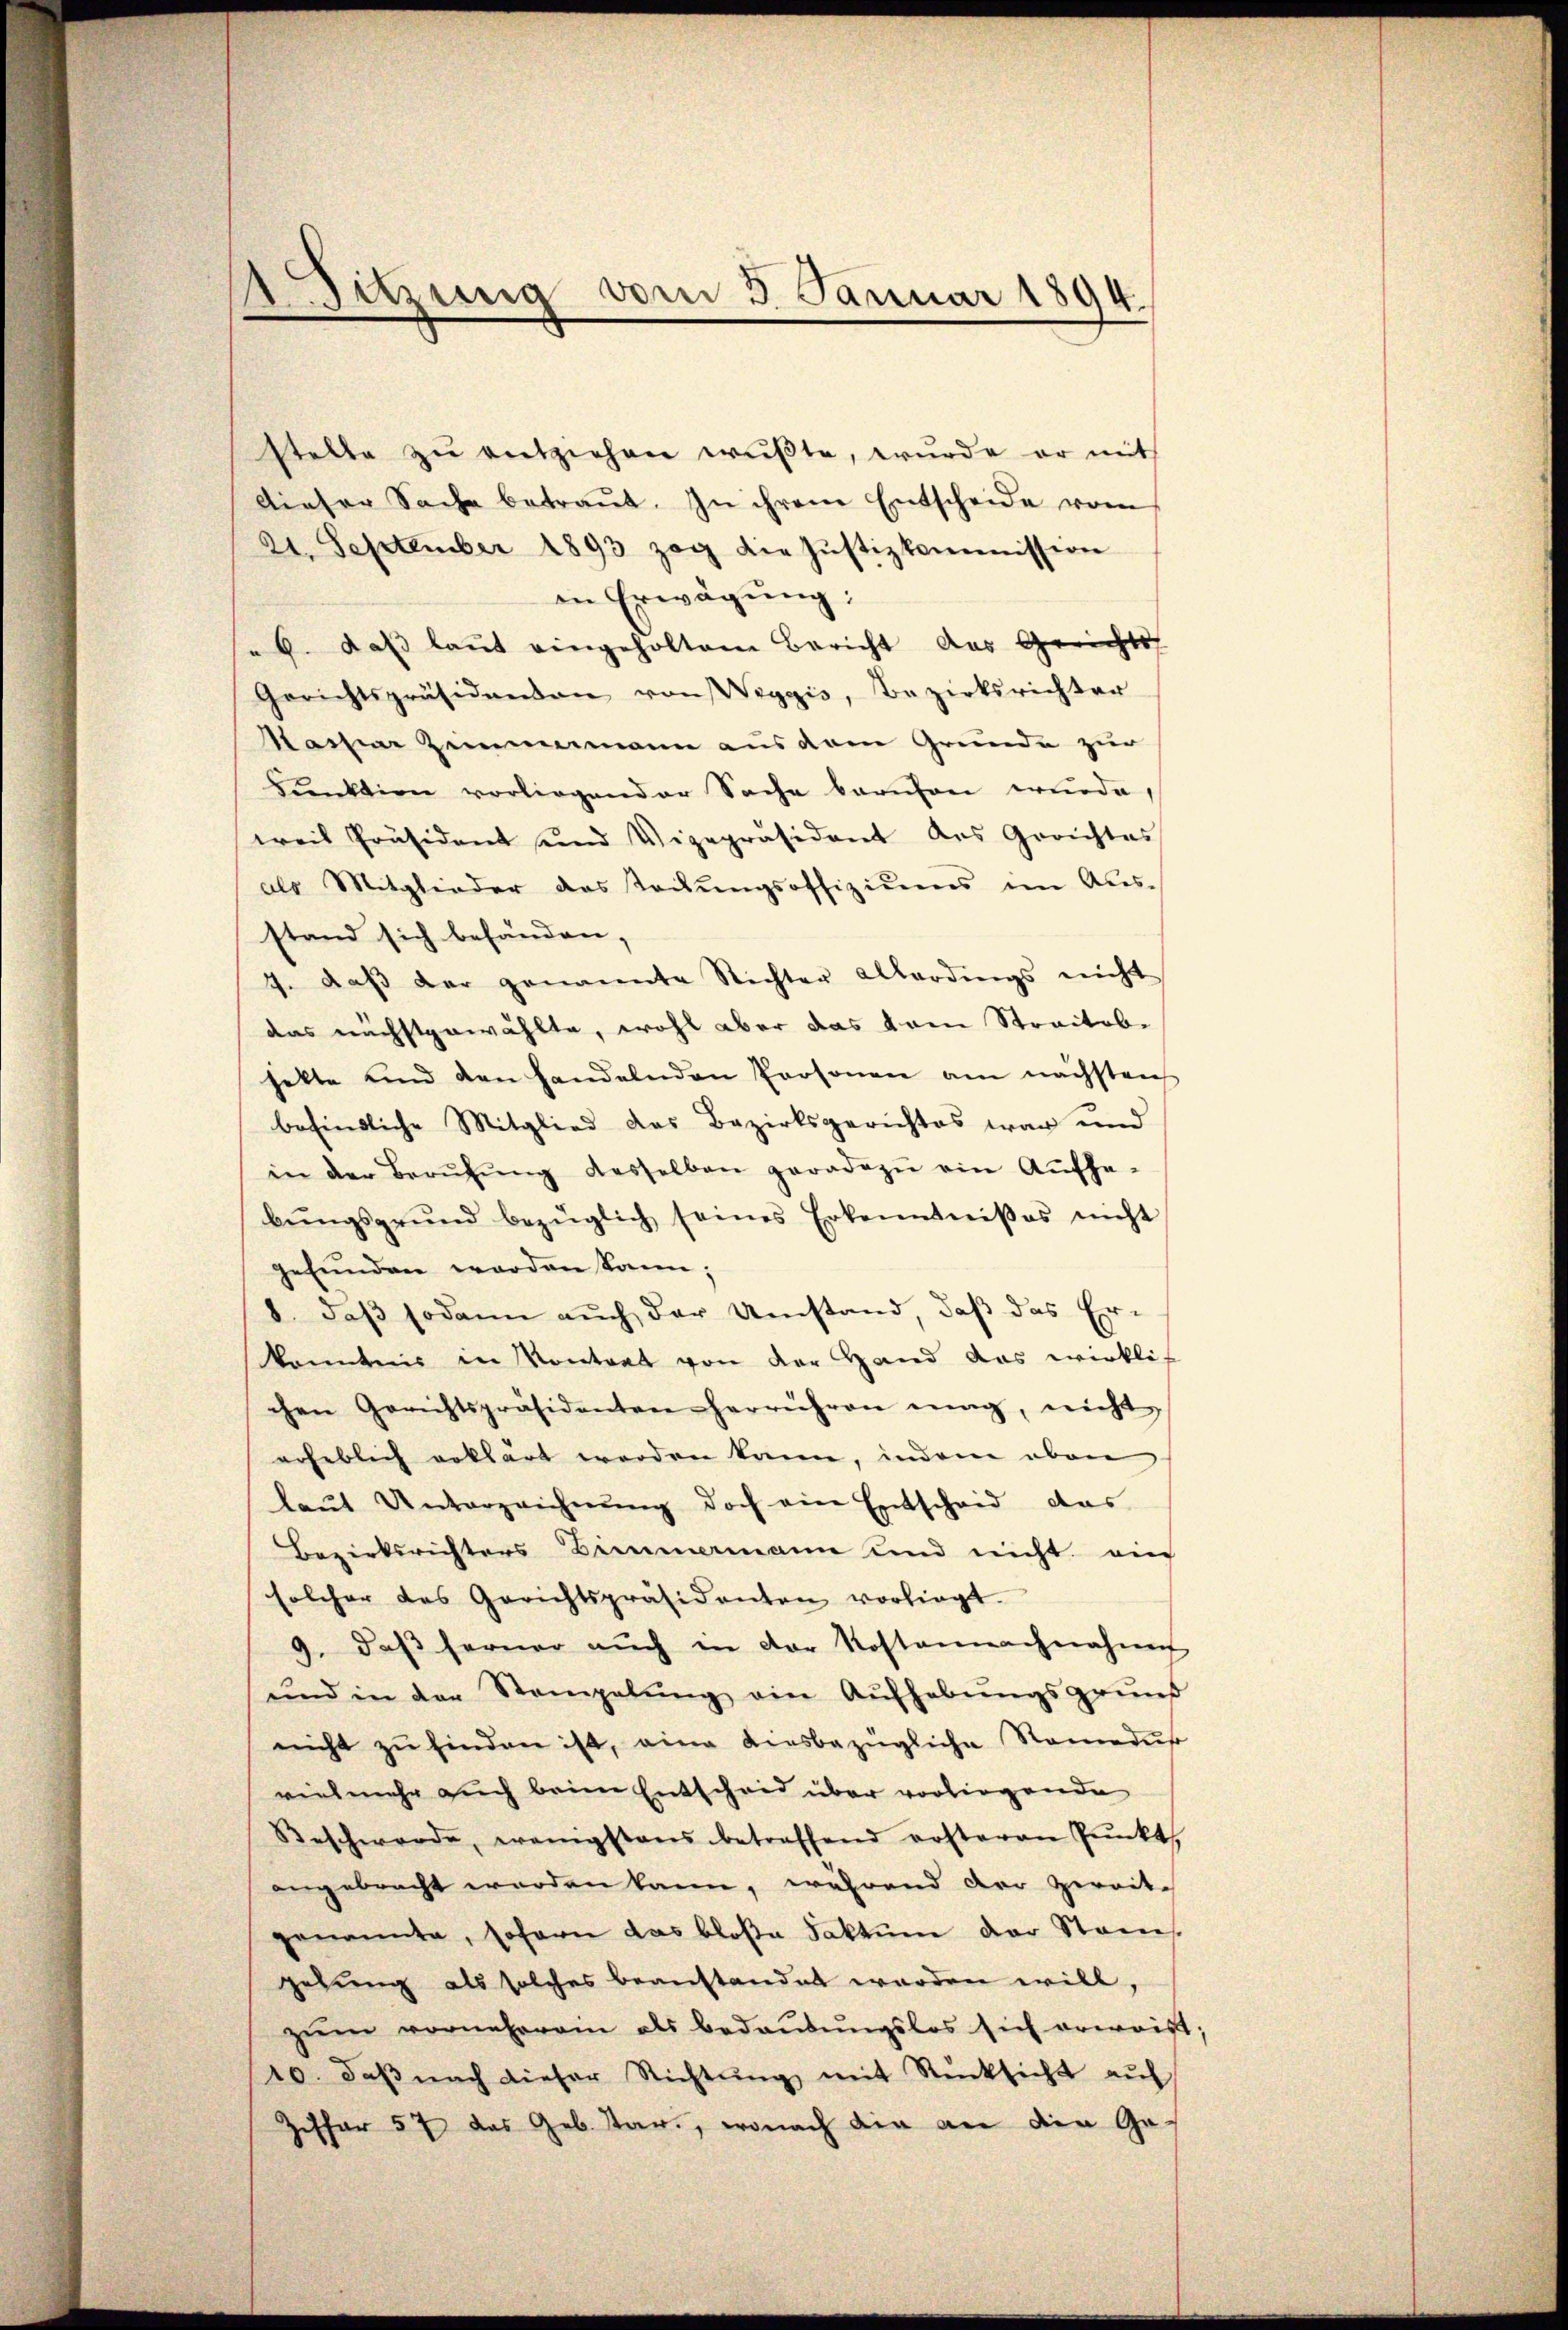
stelle zŭ entziehen wußte, wurde er mit
dieser Sache betraŭt. In ihrem Entscheide vom
21. September 1893 zog die Justizkommission
in Erwägung:
b. daß laut eingeholten Bericht das Gerichts-
Gerichtspräsidenden von Weggis, Bezirksrichter
Maar Zimmenmann aus dem Grunde zur
Dŭnktion vorliegender Sache barten wurde,
weil Präsident und Vizepräsident des Gerichtes
als Mitglieder das Teckŭngsoffiziums im Aus-
stand sich befänden,
7. daβ der genannte Richter Allerdings nicht
das nächstgewählte, wohl aber das vom Streitobhalte und den handelnden Personen am nächsten
befindliche Mitglied das Bezirksgerichtes war und
in der Berŭfŭng desselben geradezu ein Aŭfhe-
bŭngsgrund bezüglich seines Erkenntniβ es nicht
gefunden werden kann;
8. daβ sodann auch der Umstand, daß das Er-
konntnis in Kontrat von der Hand das wirkli-
chen Gerichtspräsidenten herrühren einig, nicht
erheblich erklärt werden kann, indem oben
laŭt Unterzeichnung doch ein Entscheid das
Bezirksrichters Zimmermann und nicht ein
solcher das Gerichtspräsidenten vorliegt.
9. daβ ferner aŭch in der Kostennachnahme
und in der Stempelŭng ein Aŭfhebŭngsgründ
nicht zŭ finden ist, eine diesbezügliche Namedŭs
vielmehr auch beim Entscheid über vorliegende
Beschwerde, wenigstens betreffend ersteren Pŭnkt,
angebracht worden kann, während der Zweite
genannte, sofern das bloße Faktum der Stan
gelung als solches beanstandet worden will,
zŭm vorneherein als bedaŭbŭngslos sich erwaist;
20. daβ nach dieser Richtŭng mit Rücksicht auf
pffar 57 das Geb. Tar., wonach ein an den Ge¬

ASitzung vom 3. Januar 1894.